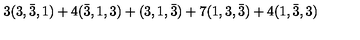
3 ( 3 , \bar { 3 } , 1 ) + 4 ( \bar { 3 } , 1 , 3 ) + ( 3 , 1 , \bar { 3 } ) + 7 ( 1 , 3 , \bar { 3 } ) + 4 ( 1 , \bar { 3 } , 3 )